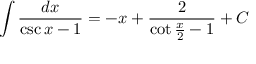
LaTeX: \int { \frac { d x } { \csc { x } - 1 } } = - x + { \frac { 2 } { \cot { \frac { x } { 2 } } - 1 } } + C